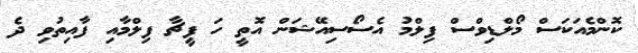
ކޮންމެއަކަސް މޯލްޑިވްސް ފިލްމު އެސޯސިއޭޝަން އޮތީ ހަ ފީޗާ ފިލްމާއި ފާއިތުވި ދެ